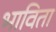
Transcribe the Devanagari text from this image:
भाविता